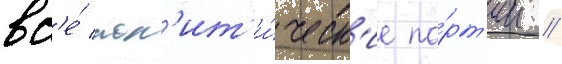
вс'е́ пол'ит'и́ческ'ие па́рт'ии //